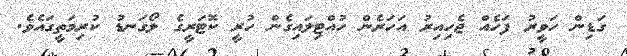
ގަޑިން ހަވީރު ފަހެއް ޖެހިއިރު އަހަރެން ހުއްޓިލައިގެން ހުރީ ކޮޓަރީގެ ލޯގަނޑު ކުރިމަތީގައެވެ.